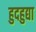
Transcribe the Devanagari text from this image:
हुदहुद्या